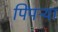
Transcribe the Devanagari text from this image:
पिंपऱ्या